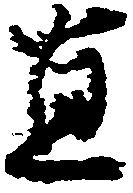
直